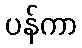
ပန်ကာ